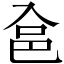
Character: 𱏲